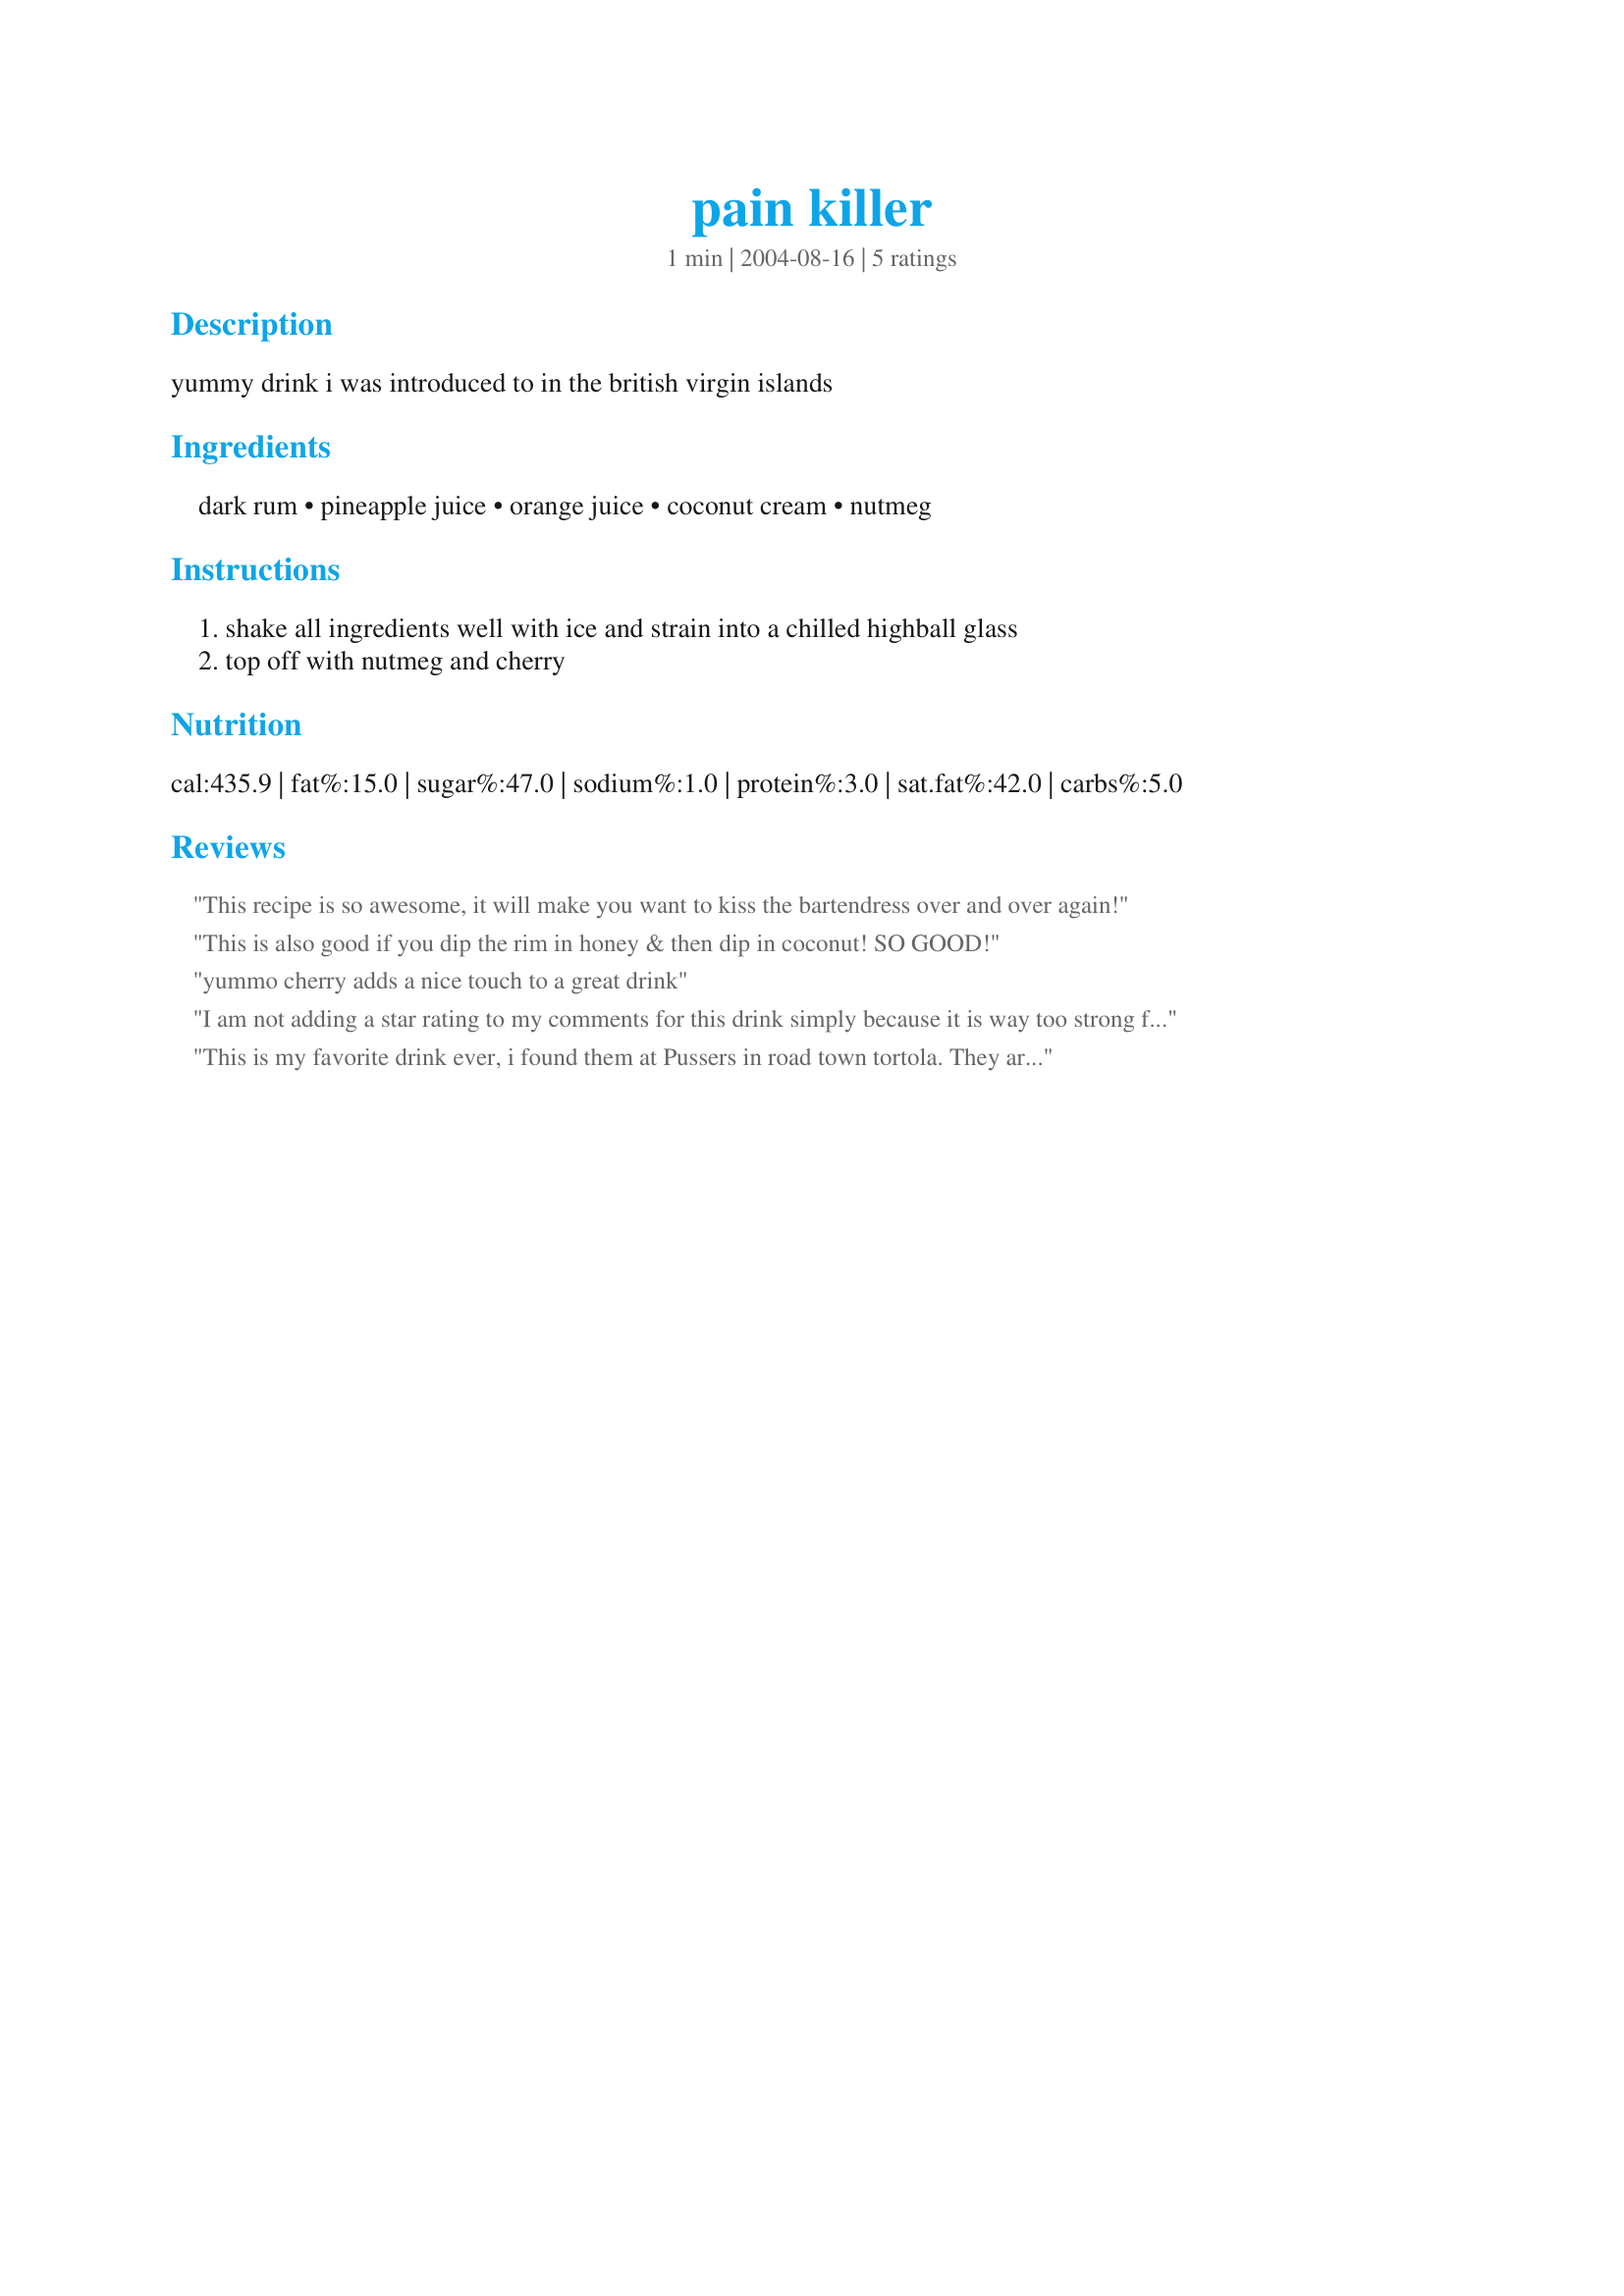
pain killer
Preparation time: 1 minutes

yummy drink i was introduced to in the british virgin islands

Ingredients:
dark rum, pineapple juice, orange juice, coconut cream, nutmeg

Steps:
shake all ingredients well with ice and strain into a chilled highball glass, top off with nutmeg and cherry

Reviews:
This recipe is so awesome, it will make you want to kiss the bartendress over and over again!
This is also good if you dip the rim in honey & then dip in coconut! SO GOOD!
yummo cherry adds a nice touch to a great drink
I am not adding a star rating to my comments for this drink simply because it is way too strong for me. The taste of the orange and pineapple juices together with the coconut cream are wonderful! But for me, the flavor of the dark rum over powers the rest of the drink. I will leave this one to those who need a "Pain Killer" ;) I may try this again using a light rum. Thank you for sharing, R1achel!
This is my favorite drink ever, i found them at Pussers in road town tortola.
They are so good, i have trouble though finding coco lopez or any creamed coconut in montreal.
